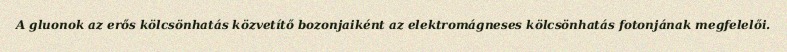
A gluonok az erős kölcsönhatás közvetítő bozonjaiként az elektromágneses kölcsönhatás fotonjának megfelelői.